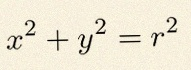
x^2+y^2=r^2